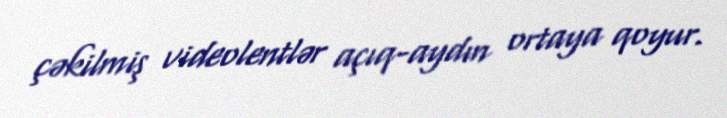
çəkilmiş videolentlər açıq-aydın ortaya qoyur.